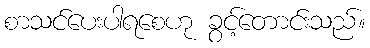
စာသင်ပေးပါရစေဟု ခွင့်တောင်းသည်။